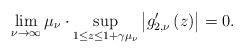
LaTeX: \begin{align*}\lim_{\nu\rightarrow\infty}\mu_{\nu}\cdot\sup_{1\leq z\leq1+\gamma\mu_{\nu}}\left|g_{2,\nu}'\left(z\right)\right|=0.\end{align*}